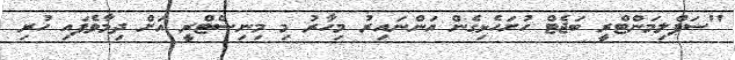
"ސަޕްލިމަންޓްރީ ބަޖެޓް ހުށަހެޅިގެން އަންނައިރު މިހާރު މި މިނިސްޓްރީ އަށް ދިމާވެފައި ހުރި